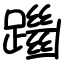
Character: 躖